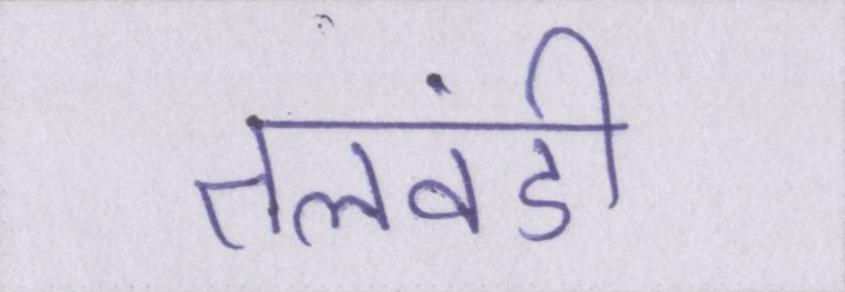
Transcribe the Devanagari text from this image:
तलवंडी